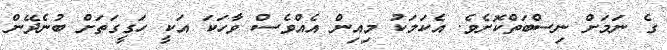
ގެ ނަމަށް ނިސްބަތްކޮށެވެ. އެކަމަކު މިއިން އެއްވެސް ވާހަކަ އަކީ ހަގީގަތަށް ބުނެދޭން